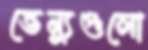
ভেন্যুগুলো